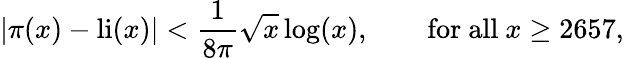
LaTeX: |\pi(x)-\operatorname{li}(x)|<{\frac{1}{8\pi}}{\sqrt{x}}\log(x),\qquad{\mathrm{for~all~}}x\geq 2657,